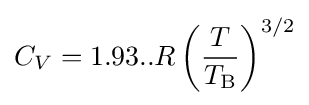
C_{V}=1.93..R\left({\frac {T}{T_{\text{B}}}}\right)^{3/2}